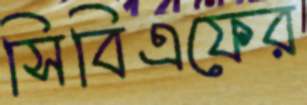
সিবিএফের